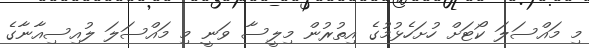
މި މައްސަލަ ކޯޓަށް ހުށަހެޅުމުގެ އިތުރުން މިލީސާ ވަނީ މި މައްސަލަ ލުއިސިއާނާގެ